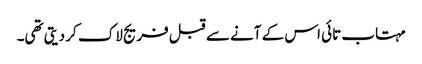
مہتاب تائی اس کے آنے سے قبل فریج لاک کر دیتی تھی۔